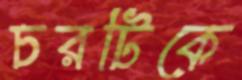
চরটিকে